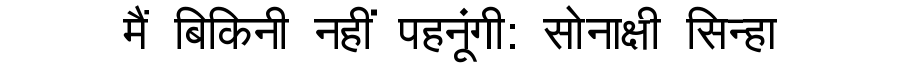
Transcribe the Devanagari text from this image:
मैं बिकिनी नहीं पहनूंगी: सोनाक्षी सिन्हा